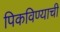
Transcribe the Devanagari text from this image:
पिकविण्याची